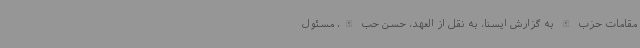
مقامات حزب الله به گزارش ایسنا، به نقل از العهد، حسن حب الله، مسئول